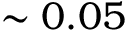
\sim 0 . 0 5